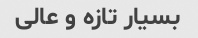
بسیار تازه و عالی